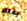
بذلك